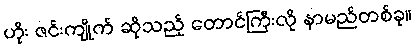
ဟိုး ဇင်းကျိုက် ဆိုသည့် တောင်ကြီးလို နာမည်တစ်ခု။